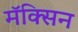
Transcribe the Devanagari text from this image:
मॅक्सिन